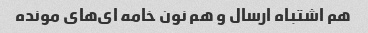
هم اشتباه ارسال و هم نون خامه ای‌های مونده